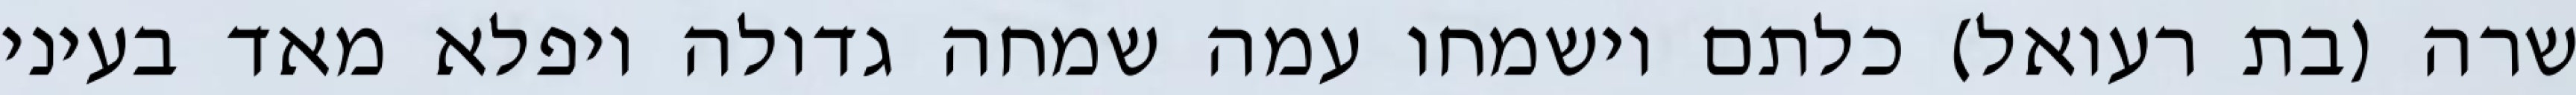
שרה (בת רעואל) כלתם וישמחו עמה שמחה גדולה ויפלא מאד בעיני